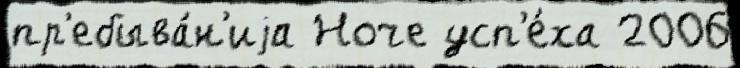
пр'ебыва́н'иjа Ноче усп'е́ха 2006